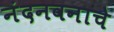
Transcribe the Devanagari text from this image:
नंदनवनाचे